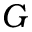
G